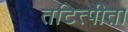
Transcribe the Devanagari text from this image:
तटित्पीता